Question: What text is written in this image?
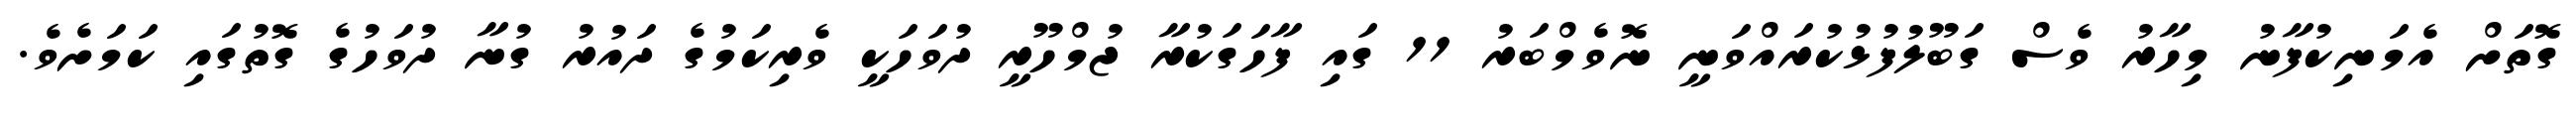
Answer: ގޮތަށް އެމަނިކުފާނު މިހާރު ވެސް ގަބޫލުފުޅުކުރައްވަނީ ނޮވެމްބަރު 11 ގައި ފާހަގަކުރާ ޖުމްހޫރީ ދުވަހަކީ ވެރިކަމުގެ ދައުރު ގުނާ ދުވަހުގެ ގޮތުގައި ކަމަށެވެ.